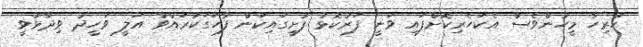
ހުރިހާ މީހުންވެސް އެކަހެރިކޮށްފައި ވަނީ ފަރުކޮޅު ފުށީގައިކަން ފާހަގަކުރައްވާ އަލީ ވަހީދު ވިދާޅުވީ